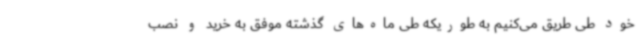
خود طی طریق می‌کنیم به طوریکه طی ماه‌های گذشته موفق به خرید و نصب